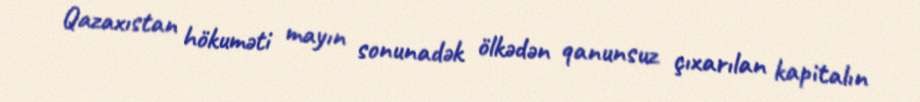
Qazaxıstan hökuməti mayın sonunadək ölkədən qanunsuz çıxarılan kapitalın